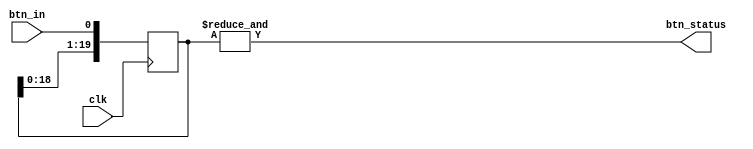
`timescale 1ns / 1ps
//////////////////////////////////////////////////////////////////////////////////
// Company: 
// Engineer: 
// 
// Design Name: 
// Module Name: button_debounce
// Project Name: 
// Target Devices: 
// Tool Versions: 
// Description: 
// 
// Dependencies: 
// 
// Revision:
// Revision 0.01 - File Created
// Additional Comments:
// 
//////////////////////////////////////////////////////////////////////////////////


module button_debounce(
    input clk,
    input btn_in,
    output btn_status
    );
    
    reg [19:0] btn_shift;
    
    // left shift register
    always @(posedge clk) begin
        btn_shift <= {btn_shift[18:0], btn_in}; 
    end
    
    // use of reduction & operator
    // produces 1 when all 20 bits in btn_shift are 1
    assign btn_status = &btn_shift;
    
endmodule